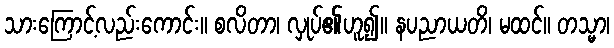
သားကြောင့်လည်းကောင်း။ စလိတာ၊ လှုပ်၏ဟူ၍။ နပညာယတိ၊ မထင်။ တသ္မာ၊